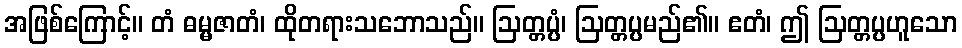
အဖြစ်ကြောင့်။ တံ ဓမ္မဇာတံ၊ ထိုတရားသဘောသည်။ ဩတ္တပ္ပံ၊ ဩတ္တပ္ပမည်၏။ ဧတံ၊ ဤ ဩတ္တပ္ပဟူသော